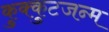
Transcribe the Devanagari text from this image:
कुक्कुटजन्म